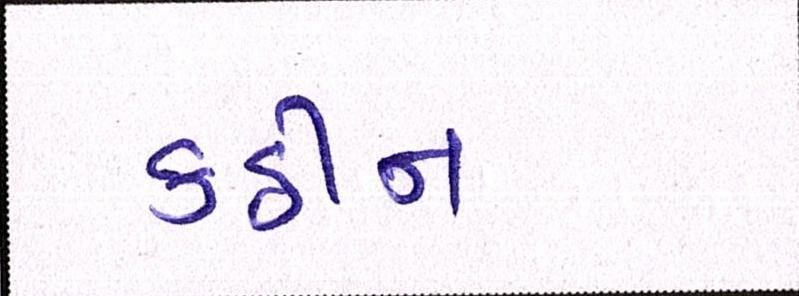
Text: કઠીન